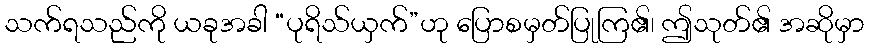
သက်ရသည်ကို ယခုအခါ “ပုရိသ်ယှက်”ဟု ပြောစမှတ်ပြုကြ၏၊ ဤသုတ်၏ အဆိုမှာ